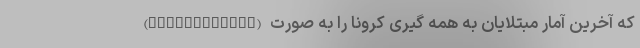
(worldometers) که آخرین آمار مبتلایان به همه گیری کرونا را به صورت